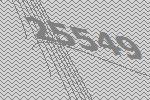
25549